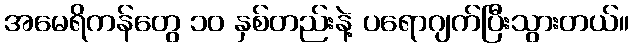
အမေရိကန်တွေ ၁၀ နှစ်တည်းနဲ့ ပရောဂျက်ပြီးသွားတယ်။